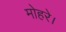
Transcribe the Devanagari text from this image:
मोहरे।